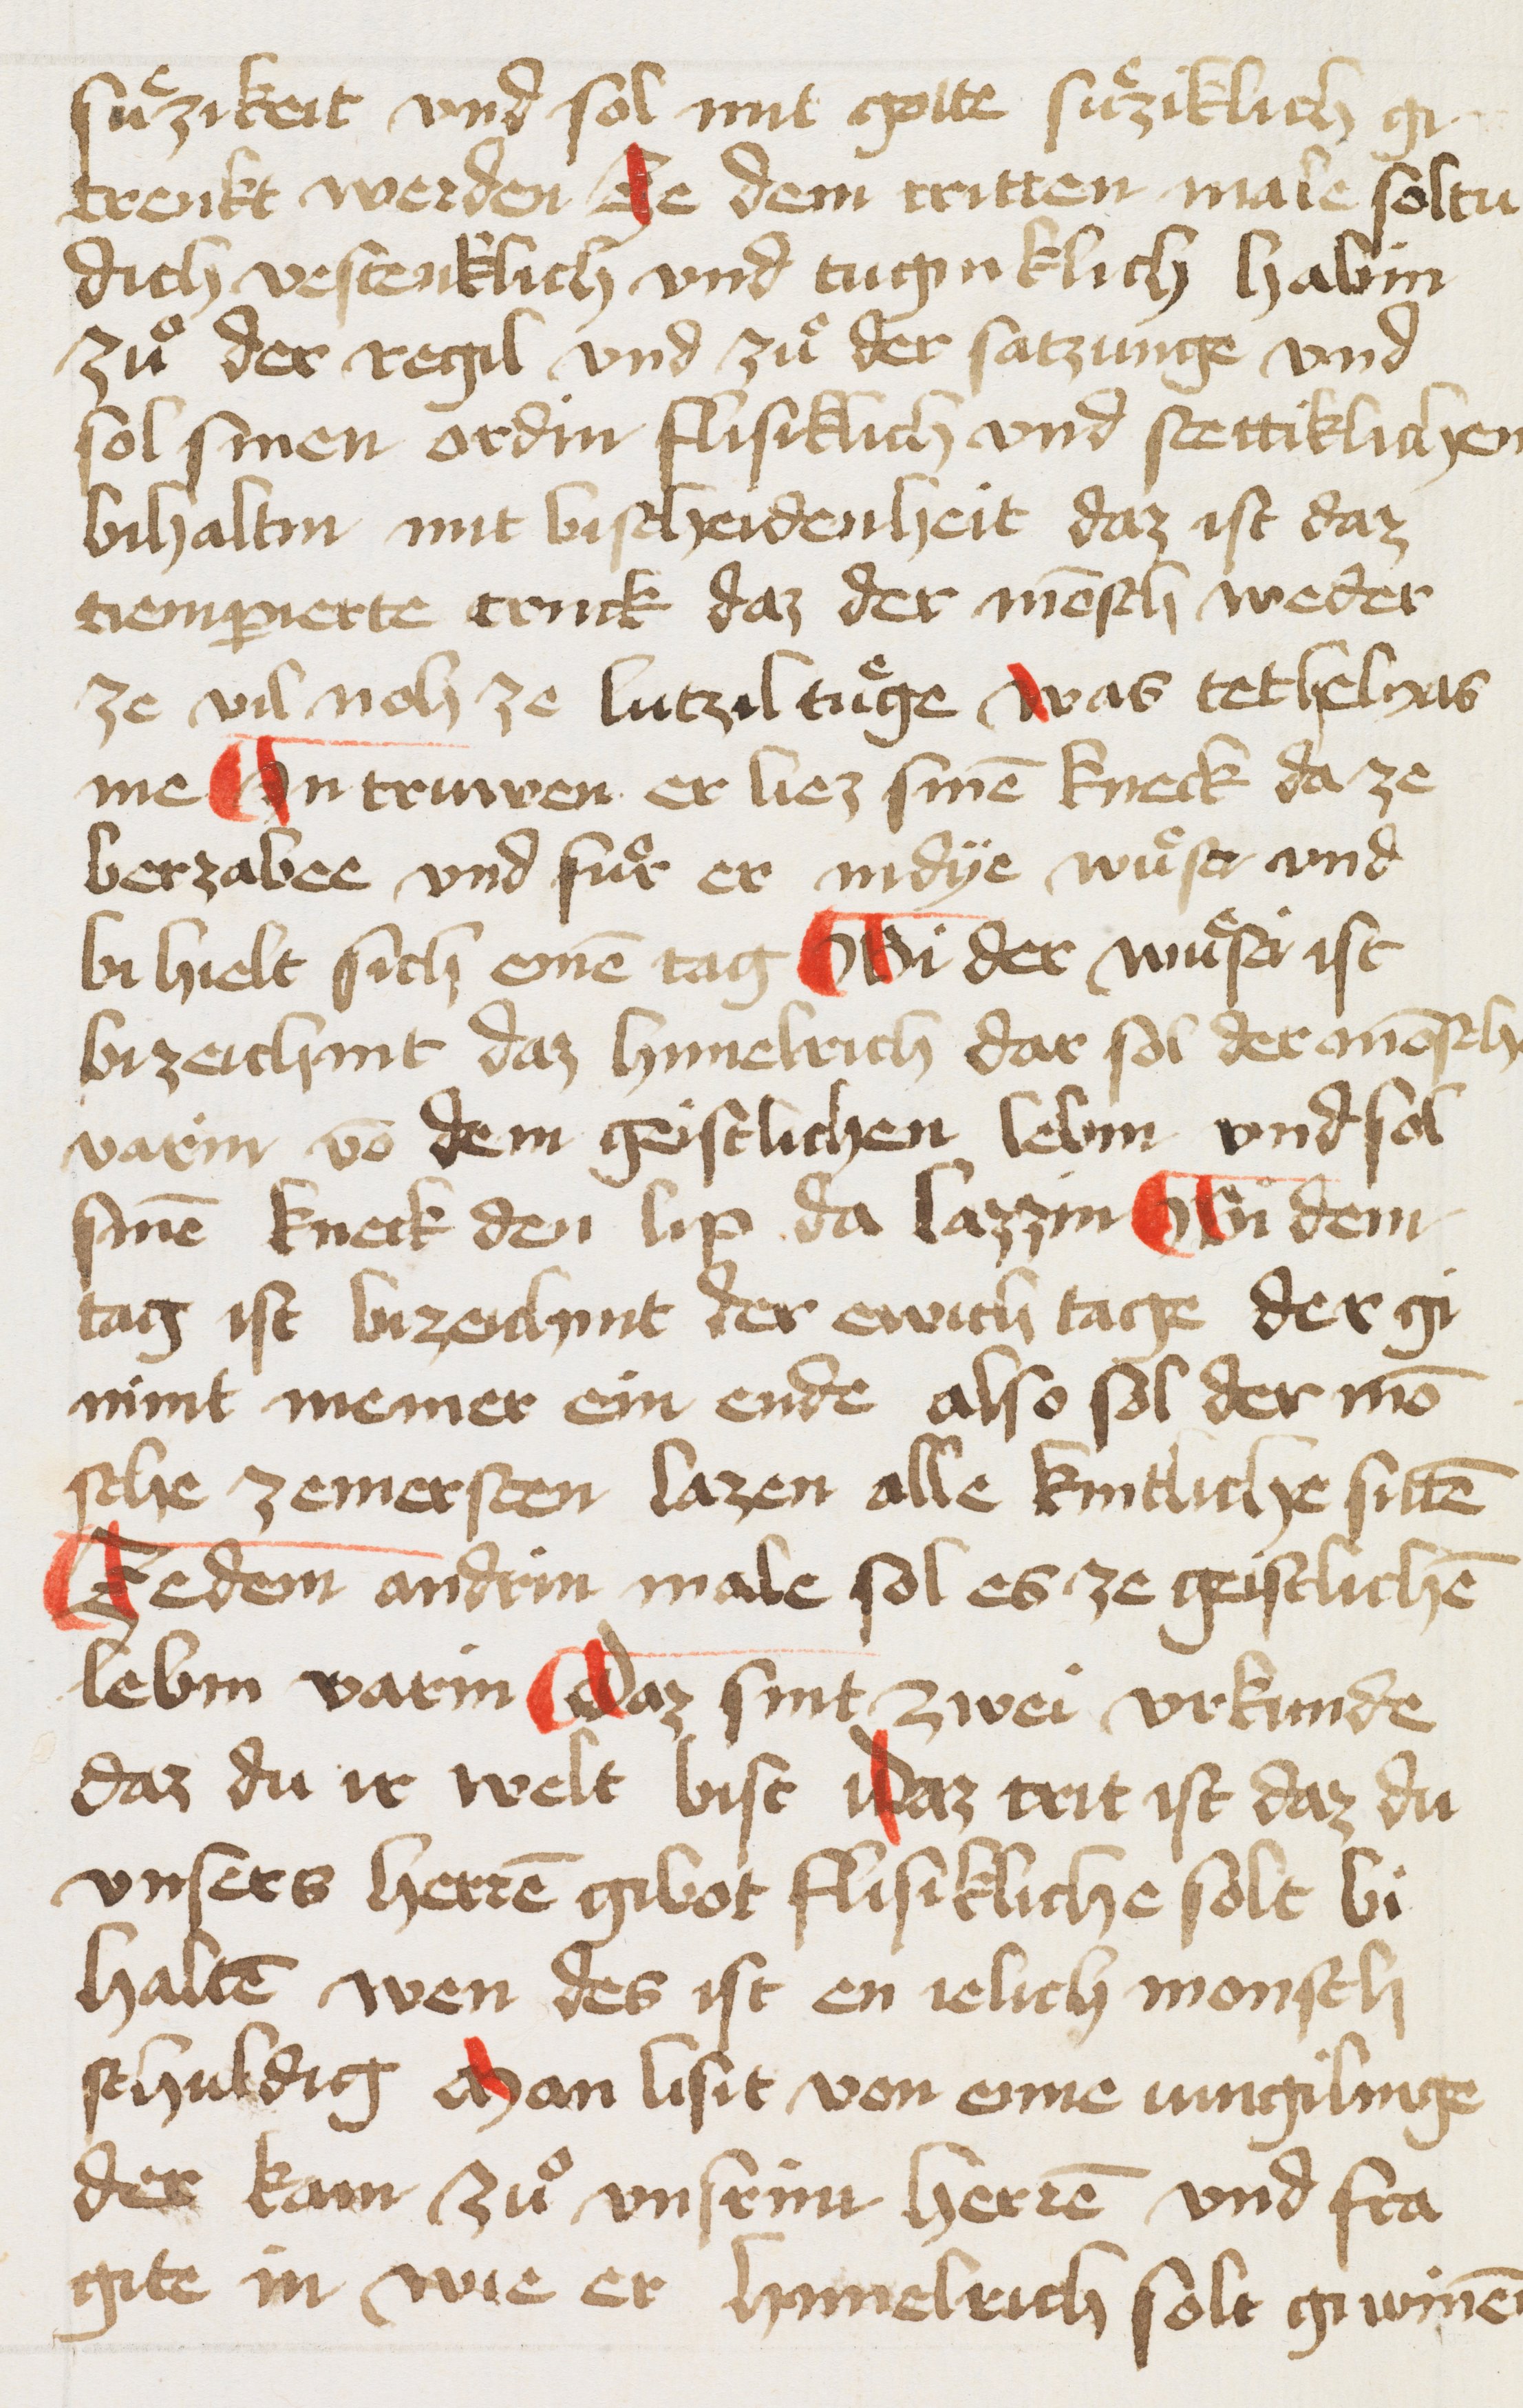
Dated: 1456–1456